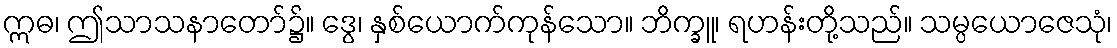
ဣဓ၊ ဤသာသနာတော်၌။ ဒွေ၊ နှစ်ယောက်ကုန်သော။ ဘိက္ခူ၊ ရဟန်းတို့သည်။ သမ္ပယောဇေသုံ၊